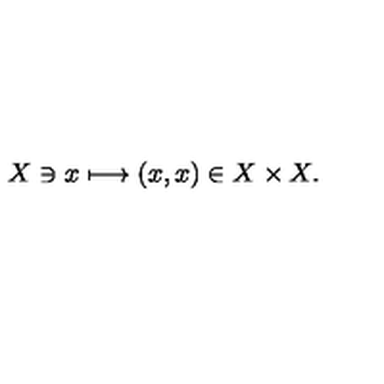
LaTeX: X \ni x \longmapsto ( x , x ) \in X \times X .